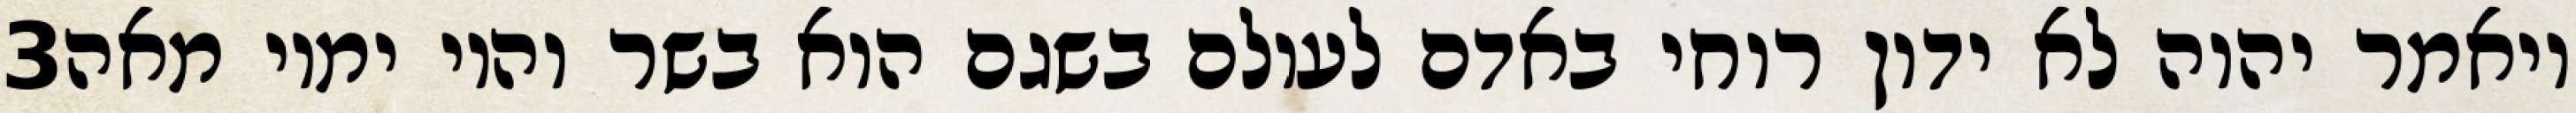
‎3‏ ויאמר יהוה לא ידון רוחי באדם לעולם בשגם הוא בשר והיו ימיו מאה